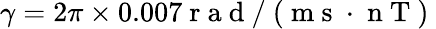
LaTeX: \gamma=2\pi\times 0.007\mathrm{~r~a~d~/~(~m~s~}\cdot\mathrm{~n~T~)~}